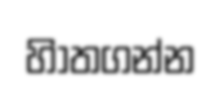
හිාතගන්න